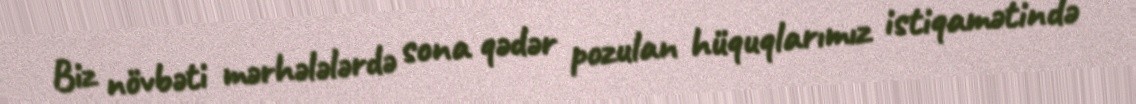
Biz növbəti mərhələlərdə sona qədər pozulan hüquqlarımız istiqamətində